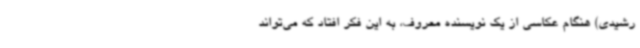
رشیدی) هنگام عکاسی از یک نویسنده معروف، به این فکر افتاد که می‌تواند